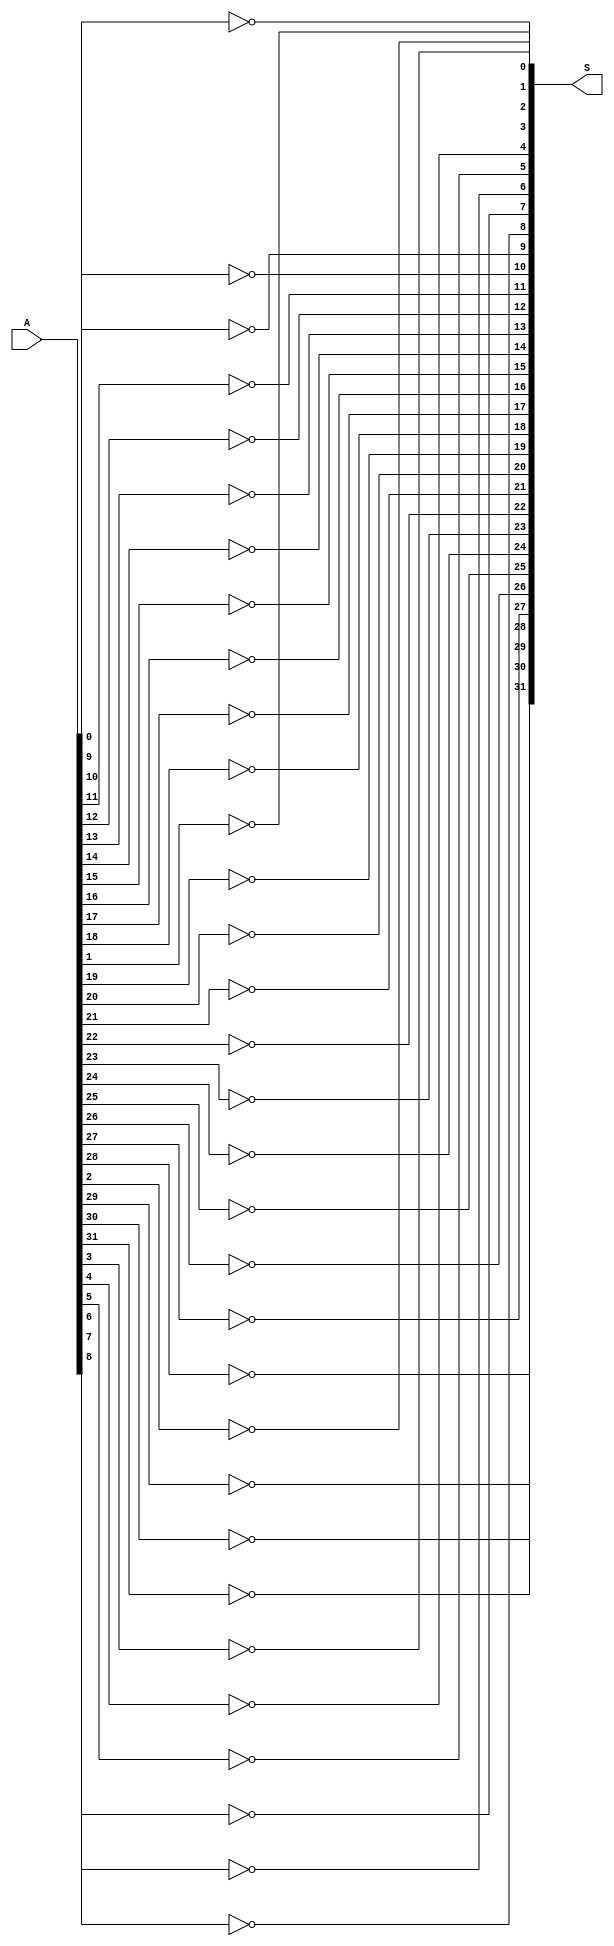
module bitwiseNOT(
    output [31:0] S,
    input [31:0] A
);
genvar i;
generate
for(i = 0;i < 32; i = i + 1) begin
    not Q1(S[i],A[i]);
end
endgenerate
endmodule